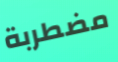
مضطربة